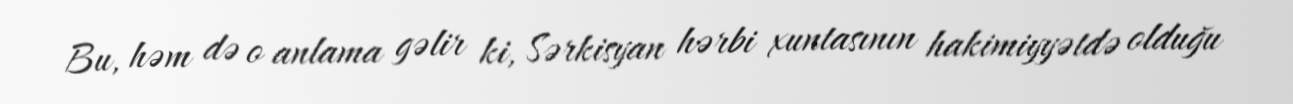
Bu, həm də o anlama gəlir ki, Sərkisyan hərbi xuntasının hakimiyyətdə olduğu